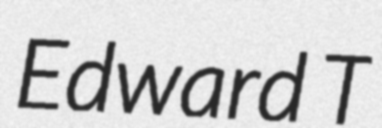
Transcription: Edward T